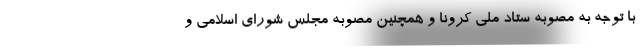
با توجه به مصوبه ستاد ملی کرونا و همچنین مصوبه مجلس شورای اسلامی و